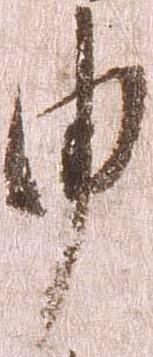
申